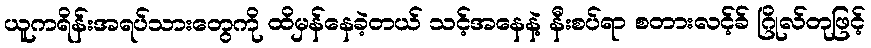
ယူကရိန်းအရပ်သားတွေကို ထိမှန်နေခဲ့တယ် သင့်အနေနဲ့ နီးစပ်ရာ စတားလင့်ခ် ဂြိုလ်တုဖြင့်